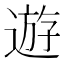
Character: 遊